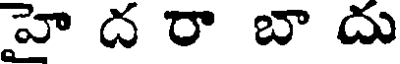
హై ద రా బా దు